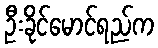
ဦးခိုင်မောင်ရည်က